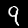
Digit: 9